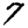
Digit: 7